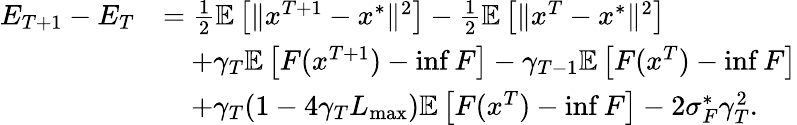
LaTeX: \begin{array}{rl}{E_{T+1}-E_{T}}&{=\frac{1}{2}\mathbb{E}\left[\Vert x^{T+1}-x^{*}\Vert^{2}\right]-\frac{1}{2}\mathbb{E}\left[\Vert x^{T}-x^{*}\Vert^{2}\right]}\\ &{\quad+\gamma_{T}\mathbb{E}\left[F(x^{T+1})-\operatorname*{inf}F\right]-\gamma_{T-1}\mathbb{E}\left[F(x^{T})-\operatorname*{inf}F\right]}\\ &{\quad+\gamma_{T}(1-4\gamma_{T}L_{\operatorname*{max}})\mathbb{E}\left[F(x^{T})-\operatorname*{inf}F\right]-2\sigma_{F}^{*}\gamma_{T}^{2}.}\end{array}